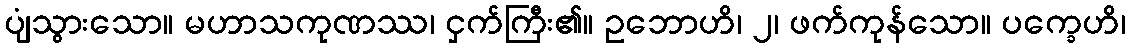
ပျံသွားသော။ မဟာသကုဏဿ၊ ငှက်ကြီး၏။ ဥဘောဟိ၊ ၂၊ ဖက်ကုန်သော။ ပက္ခေဟိ၊